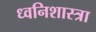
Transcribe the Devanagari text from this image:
ध्वनिशास्त्रा